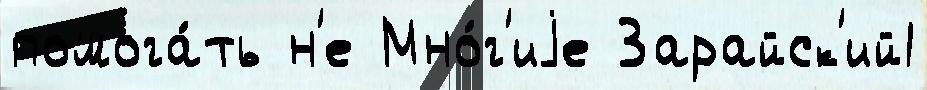
помога́ть н'е Мно́г'иjе Зарайск'ий1